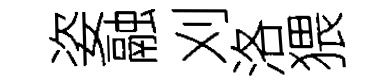
姿融刈洛猥